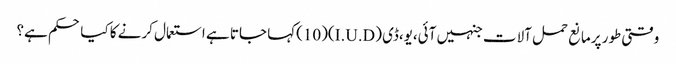
وقتی طور پرمانع حمل آلات جنہیں آئی،یو،ڈی (I.U.D)(10)کہا جاتا ہے استعمال کرنے کا کیا حکم ہے؟